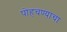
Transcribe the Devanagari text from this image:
पोहचण्याचा